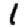
Digit: 1